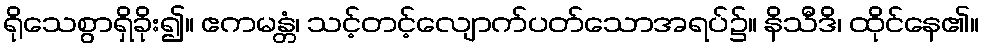
ရိုသေစွာရှိခိုး၍။ ဧကမန္တံ၊ သင့်တင့်လျောက်ပတ်သောအရပ်၌။ နိသီဒိ၊ ထိုင်နေ၏။